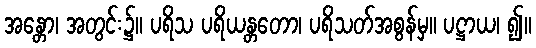
အန္တော၊ အတွင်း၌။ ပရိသ ပရိယန္တတော၊ ပရိသတ်အစွန်မှ။ ပဋ္ဌာယ၊ ၍။